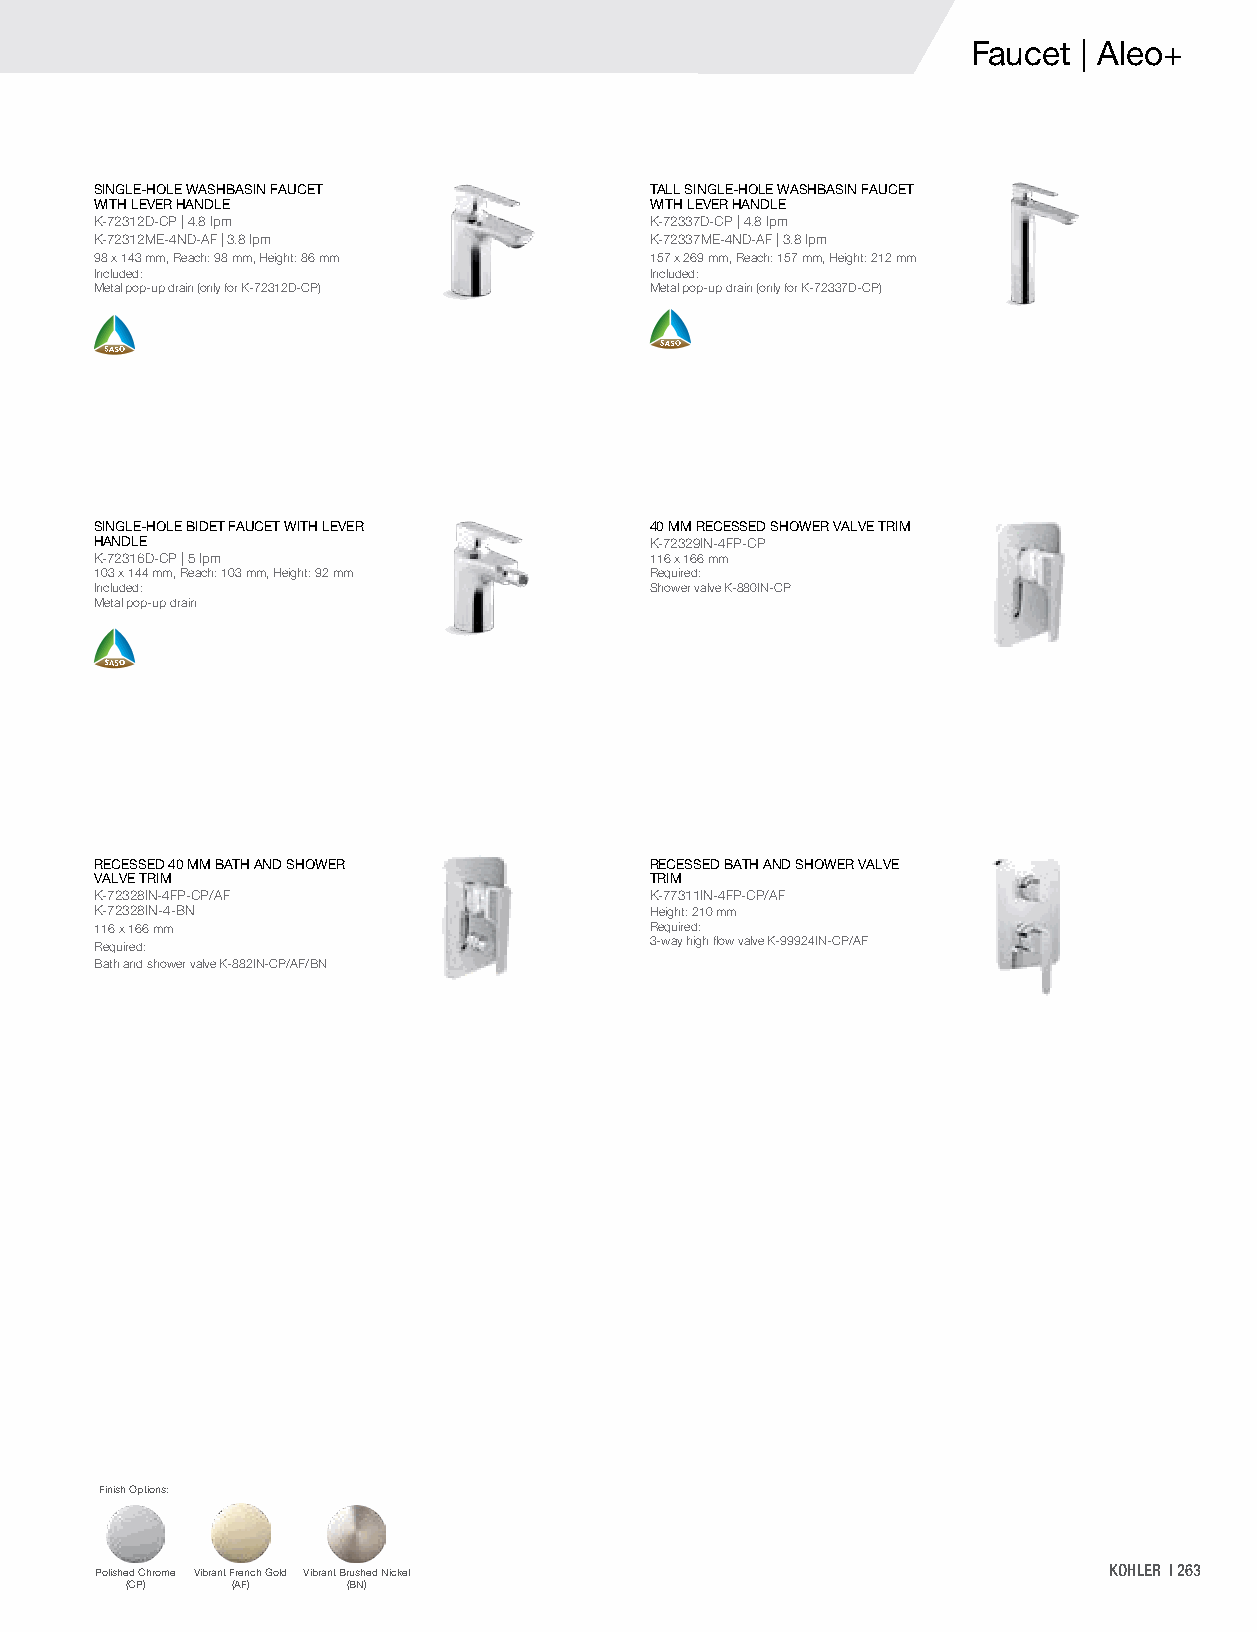
Faucet | Aleo+
 SINGLE-HOLE WASHBASIN FAUCET         TALL SINGLE-HOLE WASHBASIN FAUCET
 WITH LEVER HANDLE                    WITH LEVER HANDLE
 K-72312D-CP | 4.8 lpm                K-72337D-CP | 4.8 lpm
 K-72312ME-4ND-AF | 3.8 lpm           K-72337ME-4ND-AF | 3.8 lpm
 98 x 143 mm, Reach: 98 mm, Height: 86 mm 157 x 269 mm, Reach: 157 mm, Height: 212 mm
 Included:                            Included:
 Metal pop-up drain (only for K-72312D-CP) Metal pop-up drain (only for K-72337D-CP)
 SINGLE-HOLE BIDET FAUCET WITH LEVER  40 MM RECESSED SHOWER VALVE TRIM
 HANDLE                               K-72329IN-4FP-CP
 K-72316D-CP | 5 lpm                  116 x 166 mm
 103 x 144 mm, Reach: 103 mm, Height: 92 mm Required:
 Included:                            Shower valve K-880IN-CP
 Metal pop-up drain
 RECESSED 40 MM BATH AND SHOWER       RECESSED BATH AND SHOWER VALVE
 VALVE TRIM                           TRIM
 K-72328IN-4FP-CP/AF                  K-77311IN-4FP-CP/AF
 K-72328IN-4-BN                       Height: 210 mm
 116 x 166 mm                         Required:
 Required:                            3-way high flow valve K-99924IN-CP/AF
 Bath and shower valve K-882IN-CP/AF/BN
 Finish Options:
 Polished Chrome Vibrant French Gold Vibrant Brushed Nickel         KOHLER | 263
 (CP)   (AF)    (BN)